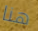
هنا